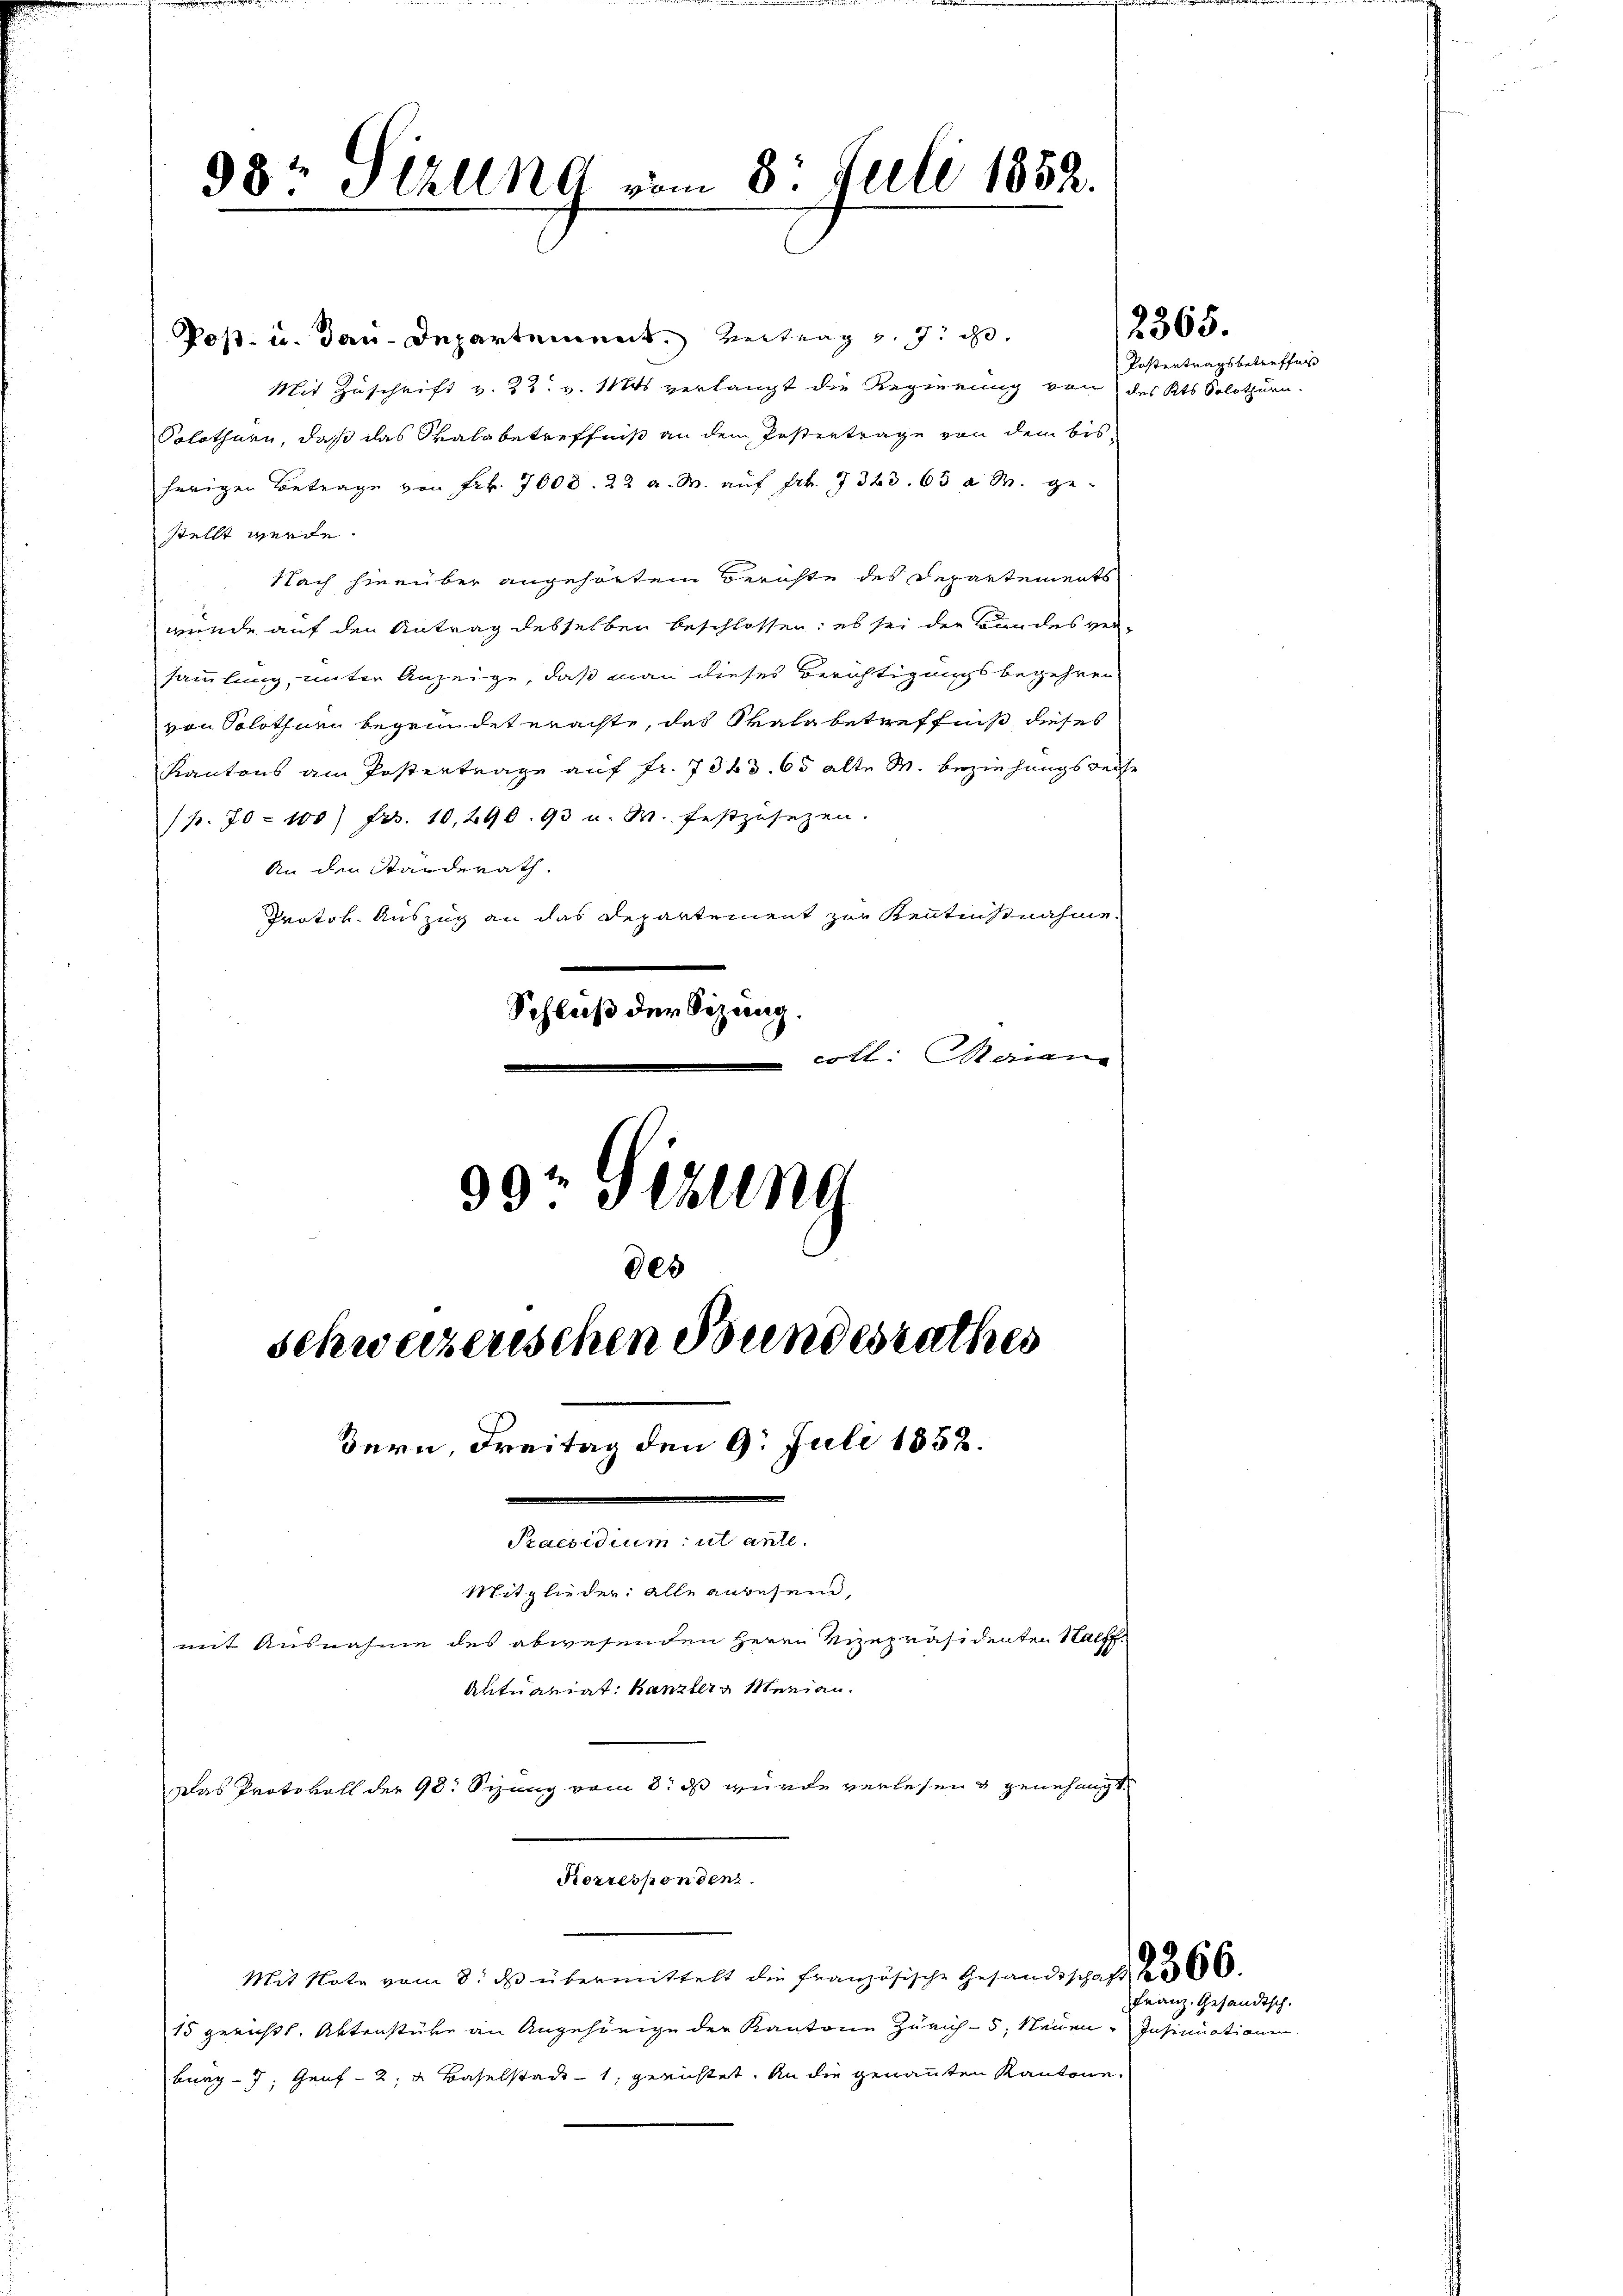
98: Sizung vom 8. Juli 1852.

Post- u. Bau-Departement vertrag v. J. ih
Mit Zuschrift v. 22. v. Mts verlangt die Regierung von des Kts. Solothurn.
Solothurn, daß das Skala betreffniß an dem Postertrage von dem bis-
herigen Betrage von Frk. 7008. 22 a. M. auf Frk. 7363. 63 a M. gestellt werde.
Nach hierüber angehörtem Berichte des Departements
wunde auf den Antrag desselben beschlossen; es sei der Bundes ver
sammlung, unter Anzeige, daß man dieses Berichtigungsbegehren
von Solothurn begründet erachte, das Skala betreffniß dieses
Kantons am Postertrage auf fr. 7343. 65 alte M. beziehungs derse
/p. 70. 100) Frs. 10,290. 93 u. W. festzusezen.
An den Standerath.
Protok. Auszug an das Departement zur Kenntnisnahme.
Schluß der Sizung.
coll. Maien

30r Sitzung
des
schweizenschen Bundesrathes
Bern, Freitag den 9. Juli 1858.
Praesidium ut ante.
Mitglieder: alle anbesein,
mit Ausnahme des abwesenden Herrn Vizepräsidenten Halff.
Autuariat Kanzler Merian¬

Korrespondenz.

Mit Note vom 8. ds. übermittelt die französische Gesandtschaft der 6000.
15 gerichtl. Aktenstücke an Angehörige der Kantone Zürich-5, Neuen-Insinuationen.
burg - 7; Genf - 2. u Baselstadt 1, gerichtet, an die genannten Kantone

Das Protokoll der 98. Sizung vom 8. ds wurde verlesen & genehmigt.

Postertragsbetreffen

2365.

Franz gesandtsch.